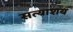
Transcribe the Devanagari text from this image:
सत्याशय